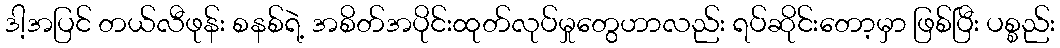
ဒါ့အပြင် တယ်လီဖုန်း စနစ်ရဲ့ အစိတ်အပိုင်းထုတ်လုပ်မှုတွေဟာလည်း ရပ်ဆိုင်းတော့မှာ ဖြစ်ပြီး ပစ္စည်း